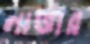
লার্ভার